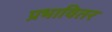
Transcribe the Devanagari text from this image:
प्रभावितर